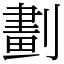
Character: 劃